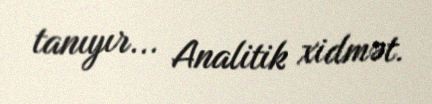
tanıyır... Analitik xidmət.